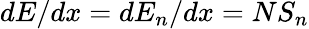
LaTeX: dE/dx=dE_{n}/dx=NS_{n}